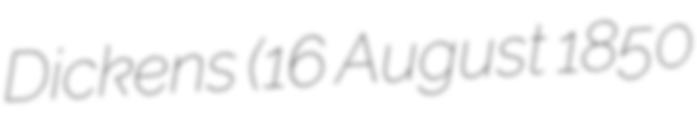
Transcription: Dickens (16 August 1850